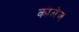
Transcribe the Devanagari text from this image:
कॊलेज